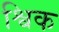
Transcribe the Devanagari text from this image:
श्विक